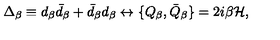
\Delta _ { \beta } \equiv d _ { \beta } \bar { d } _ { \beta } + \bar { d } _ { \beta } d _ { \beta } \leftrightarrow \{ Q _ { \beta } , \bar { Q } _ { \beta } \} = 2 i \beta { \cal H } ,